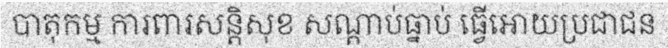
បាតុកម្ម ការពារសន្តិសុខ សណ្តាប់ធ្នាប់ ធ្វើអោយប្រជាជន